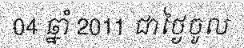
04 ឆ្នាំ 2011 ជាថ្ងៃចូល